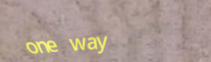
one way